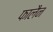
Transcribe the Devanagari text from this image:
फालैन